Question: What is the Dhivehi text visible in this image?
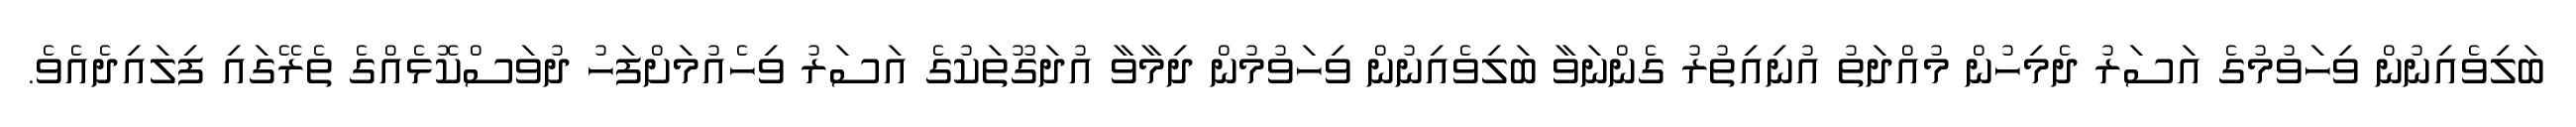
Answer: ބަލިވެއިނުން ވިހަވުމުގެ އަސަރު ދެމިހުން މުއްދަތު އުނިއިތުރު ގެންނަވާ ބަލިވެއިނުން ވިހަވުމުން ދިމާވާ އުދަގޫތަކުގެ އަސަރު ވިހެއުމަށްފަހު ދުވަސްކޮޅެއްގެ ތެރޭގައި ފިލައިދެއެވެ.